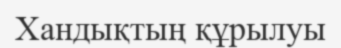
Хандықтың құрылуы